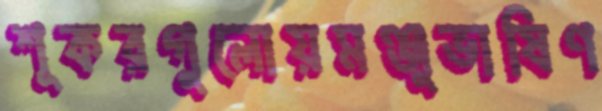
শূকরগুলোয়মঞ্জুভাষিণ